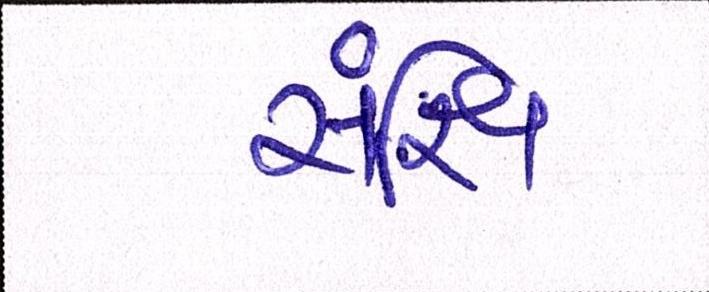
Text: સંક્ષિ